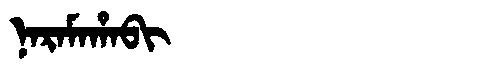
Manchu: ᠨᠠᡵᠠᠮᠠᡥᠠᠪᡳ
Romanization: NARAMAHABI